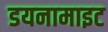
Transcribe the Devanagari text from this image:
डयनामाइट